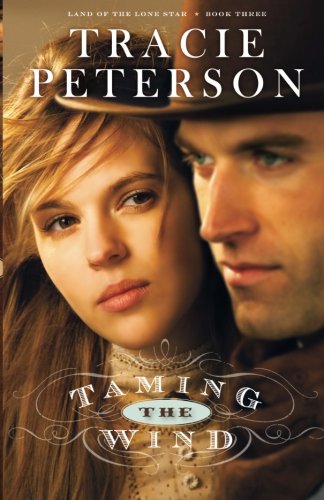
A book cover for Taming the Wind (Land of the Lone Star) (Volume 3); Tracie Peterson; Romance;